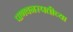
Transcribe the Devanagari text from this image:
पाणवनस्पतीच्या